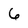
Character: 6